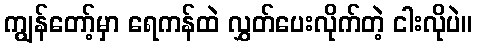
ကျွန်တော့်မှာ ရေကန်ထဲ လွှတ်ပေးလိုက်တဲ့ ငါးလိုပဲ။